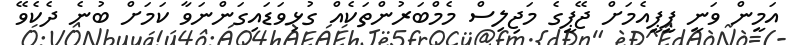
އަމީން ވަނީ ޕީޕީއެމަށް ޖޭޕީގެ މަޖިލިސް މެމްބަރުންތަކެއް ގުޅިވަޑައިގަންނަވާ ކަމަށް ބުނެ ދެކެވޭ